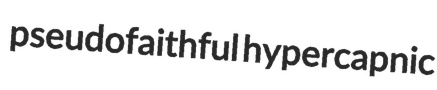
pseudofaithful hypercapnic